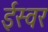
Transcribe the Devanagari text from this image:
ईस्वर